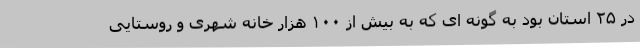
در ۲۵ استان بود به گونه ای که به بیش از ۱۰۰ هزار خانه شهری و روستایی